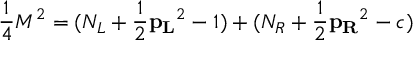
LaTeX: { \frac { 1 } { 4 } } M ^ { 2 } = ( N _ { L } + { \frac { 1 } { 2 } } { \bf p _ { L } } ^ { 2 } - 1 ) + ( N _ { R } + { \frac { 1 } { 2 } } { \bf p _ { R } } ^ { 2 } - c )